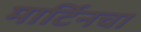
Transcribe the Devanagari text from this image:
मार्टिनचा